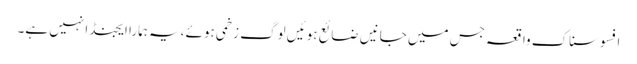
افسوسناک واقعہ جس میں جانیں ضائع ہوئیں لوگ زخمی ہوئے ،یہ ہمارا ایجنڈا نہیں ہے۔